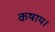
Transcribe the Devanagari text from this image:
कषाय।